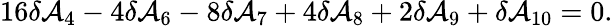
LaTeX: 16\delta\mathcal{A}_{4}-4\delta\mathcal{A}_{6}-8\delta\mathcal{A}_{7}+4\delta\mathcal{A}_{8}+2\delta\mathcal{A}_{9}+\delta\mathcal{A}_{10}=0.